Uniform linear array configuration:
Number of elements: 24
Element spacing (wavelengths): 1
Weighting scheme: kaiser
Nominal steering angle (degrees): -15
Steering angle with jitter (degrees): -14.32
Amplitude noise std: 0.05
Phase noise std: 0.05

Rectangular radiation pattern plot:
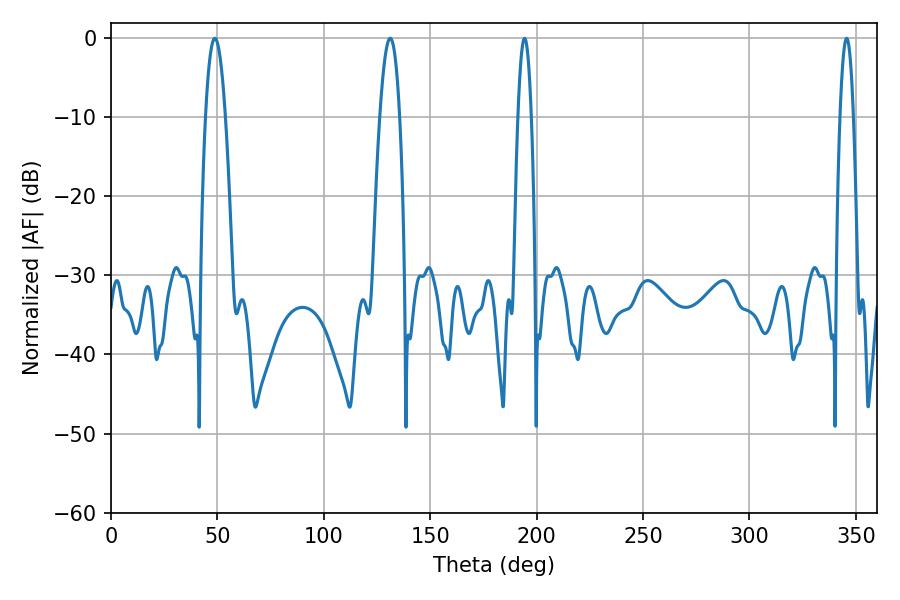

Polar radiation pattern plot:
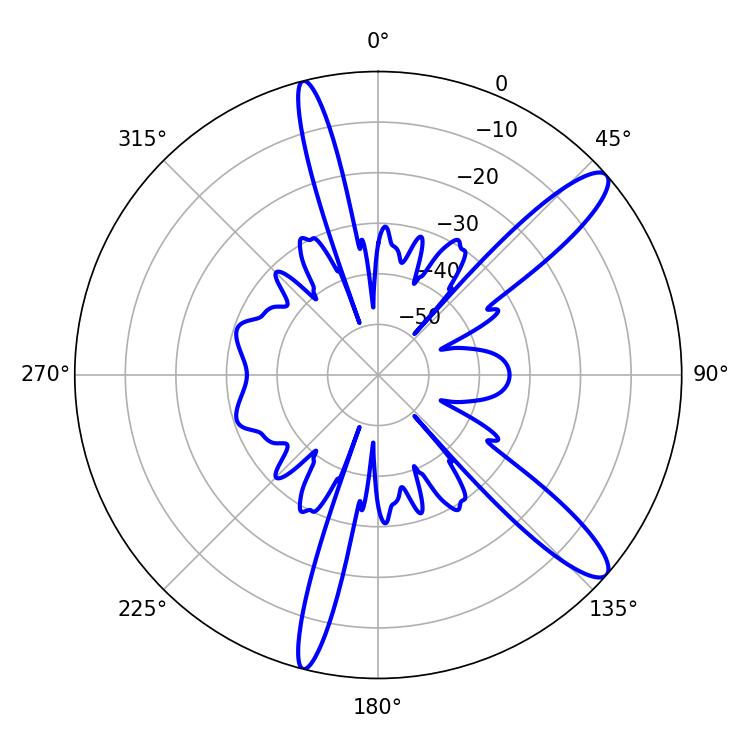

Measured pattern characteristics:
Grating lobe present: TRUE
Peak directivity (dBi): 12.464
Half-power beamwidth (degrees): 5.22
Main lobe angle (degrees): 48.78